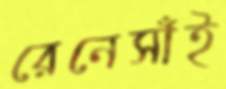
রেনেসাঁই